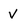
Character: V